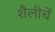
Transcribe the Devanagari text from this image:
शैलीचें